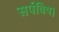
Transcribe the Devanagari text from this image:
सर्पविष।